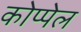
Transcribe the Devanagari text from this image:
कोप्पेल